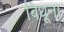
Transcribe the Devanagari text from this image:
बिधूना